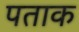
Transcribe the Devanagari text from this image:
पताक